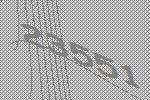
23551